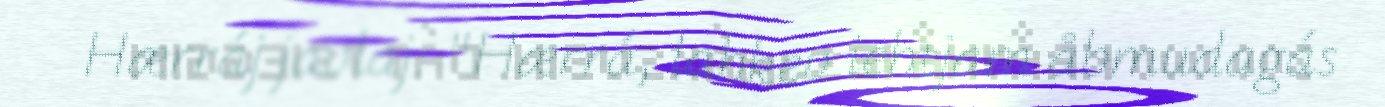
Hærráj javlaj: "Hærrá, lahkev iehtjam åbmudagás